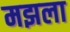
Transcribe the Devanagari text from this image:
मझला